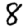
Digit: 8